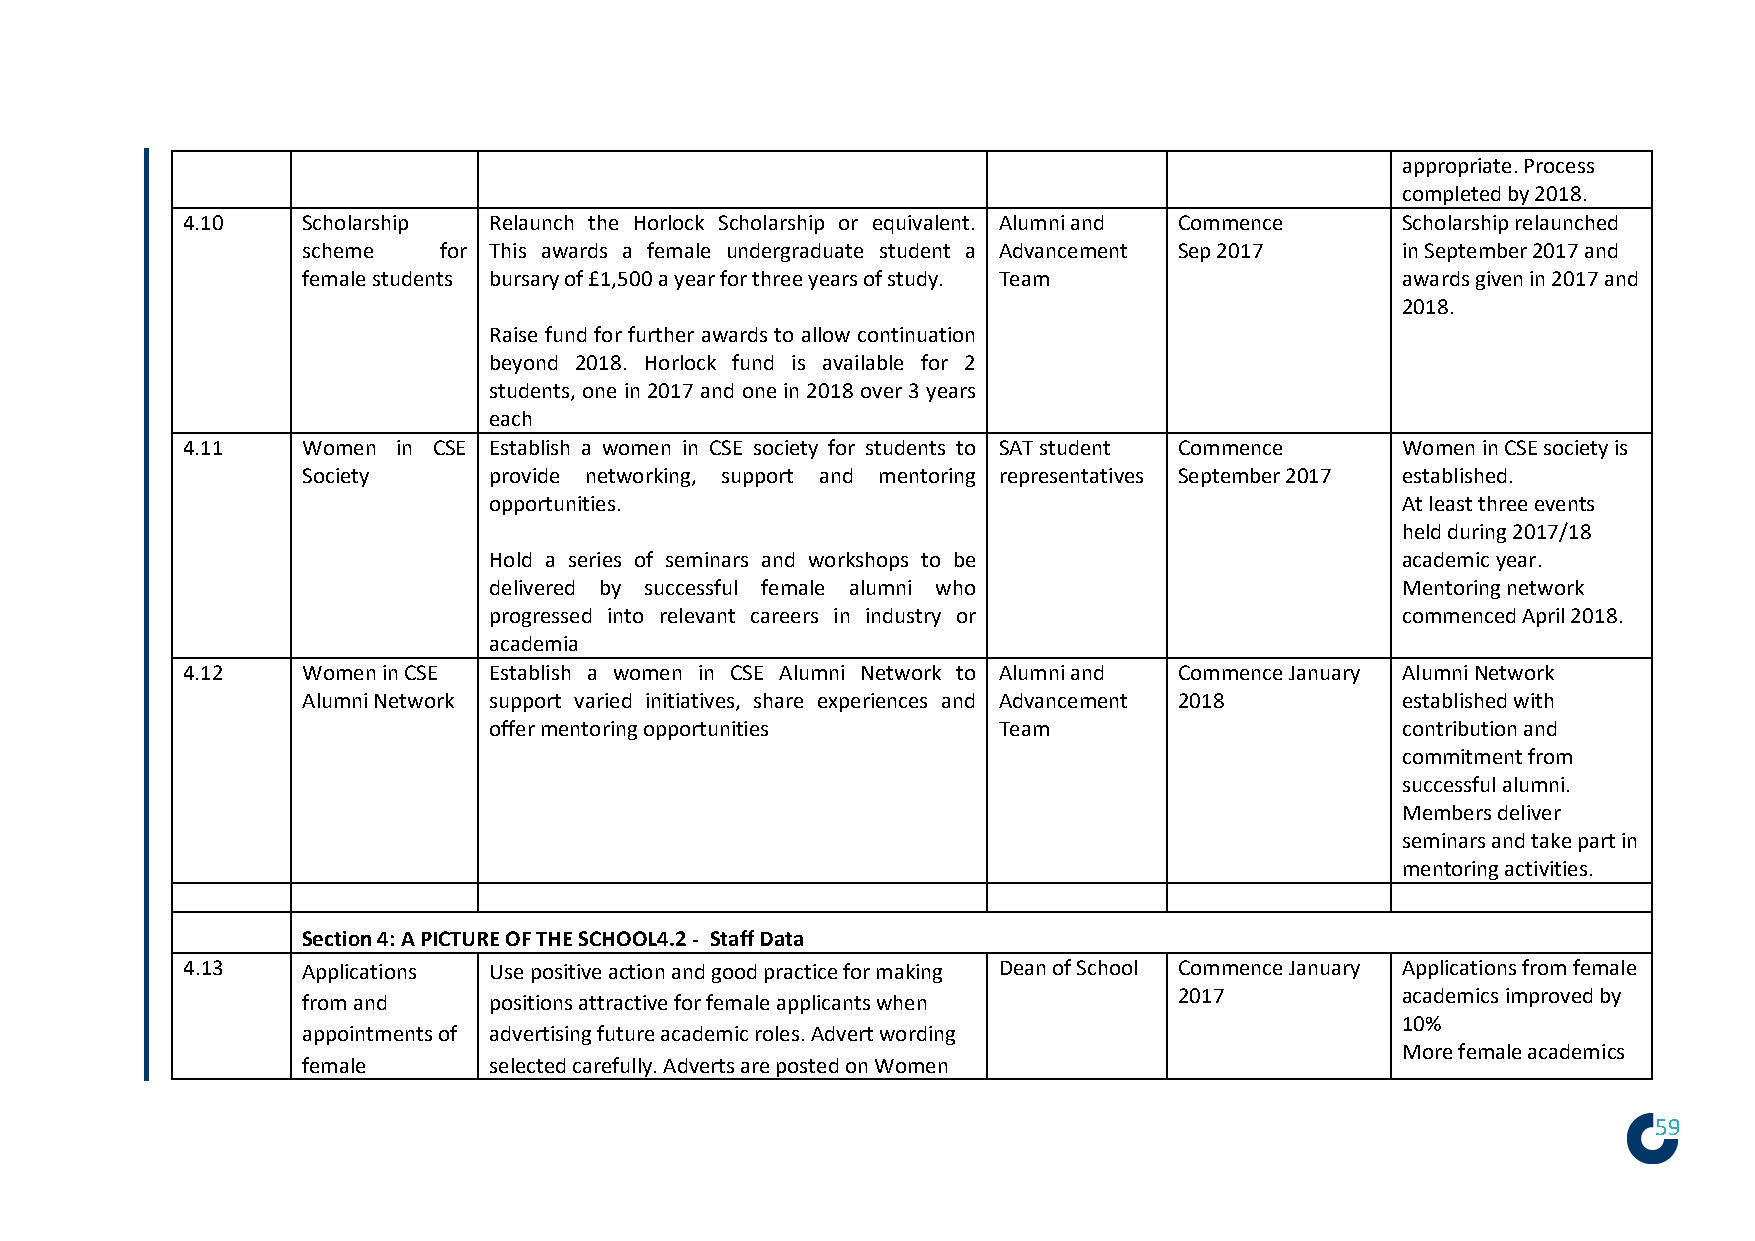
appropriate. Process
 completed by 2018.
 4.10    Scholarship Relaunch the Horlock Scholarship or equivalent. Alumni and Commence Scholarship relaunched
 scheme   for This awards a female undergraduate student a Advancement Sep 2017 in September 2017 and
 female students bursary of £1,500 a year for three years of study. Team  awards given in 2017 and
 2018.
 Raise fund for further awards to allow continuation
 beyond 2018. Horlock fund is available for 2
 students, one in 2017 and one in 2018 over 3 years
 each
 4.11    Women in CSE Establish a women in CSE society for students to SAT student Commence Women in CSE society is
 Society     provide networking, support and mentoring representatives September 2017 established.
 opportunities.                                               At least three events
 held during 2017/18
 Hold a series of seminars and workshops to be                academic year.
 delivered by successful female alumni who                    Mentoring network
 progressed into relevant careers in industry or              commenced April 2018.
 academia
 4.12    Women in CSE Establish a women in CSE Alumni Network to Alumni and Commence January Alumni Network
 Alumni Network support varied initiatives, share experiences and Advancement 2018 established with
 offer mentoring opportunities     Team                       contribution and
 commitment from
 successful alumni.
 Members deliver
 seminars and take part in
 mentoring activities.
 Section 4: A PICTURE OF THE SCHOOL4.2 - Staff Data
 4.13    Applications Use positive action and good practice for making Dean of School Commence January Applications from female
 2017           academics improved by
 from and    positions attractive for female applicants when
 10%
 appointments of advertising future academic roles. Advert wording
 More female academics
 female      selected carefully. Adverts are posted on Women
 59